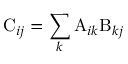
\mathrm { C } _ { i j } = \sum _ { k } \mathrm { A } _ { i k } \mathrm { B } _ { k j }